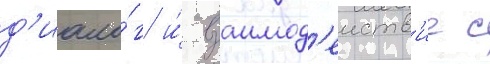
д'иало́г и́ взаимод'еиств'ие с